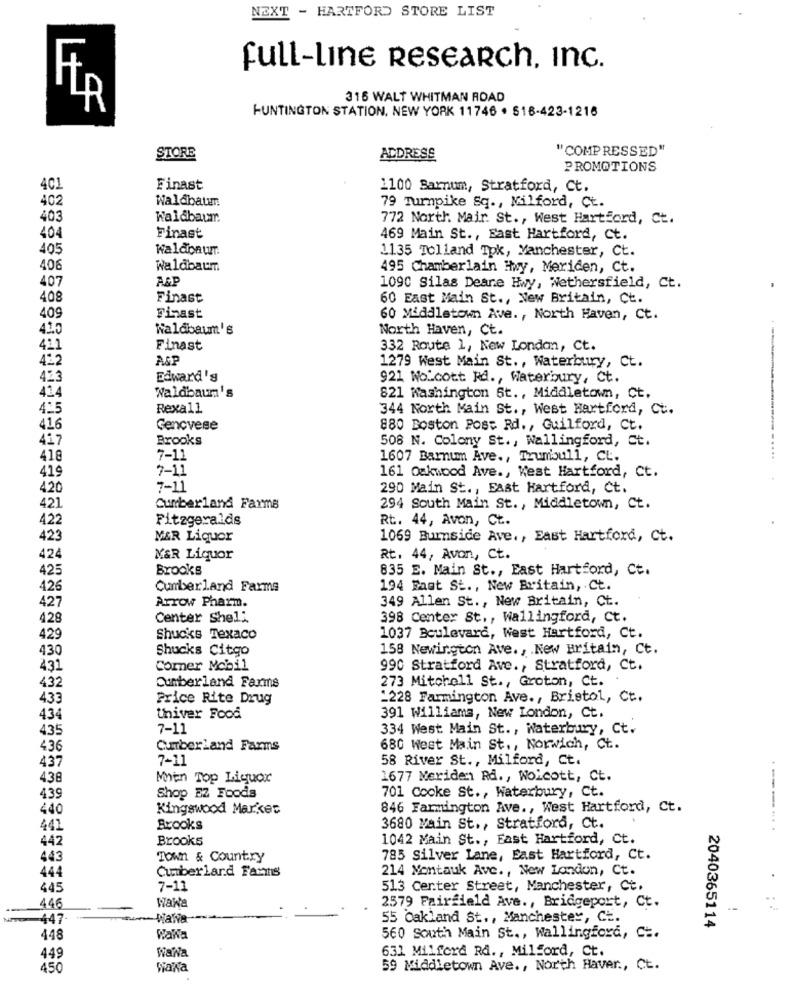
NEXT - HARTFORD STORE LIST
full-Line Research, Inc.
315 WALT WHITMAN ROAD
LR
R
HUNTINGTON STATION, NEW YORK 11746 . 518-423-1216
"COMPRESSED"
STORE
ADDRESS
PROMOTIONS
4C
Finast
1100 Barnum, Stratford, Ct.
Waldbaum
402
79 Turnpike Sq ., Milford, Ct.
403
Waldbaum
772 North. Mair. St ., West Hartford, Ct.
404
Finast
469 Main St ., East Hartford, ct.
405
Waldonum
1135 Tolland Tok, Manchester, Ct.
406
Waldbaum
495 Chamberlain Hwy, Meriden, Ct.
A&F
407
1090 Silas Deane Hwy, Wethersfield, Ct.
408
Finast
60 East Main St ., New Britain, Ct.
409
Finast
60 Middletown Ave ., North Haven, Ct.
410
Waldbaum's
North Haven, Ct.
411
Finast
332 Route 1, New London, Ct.
422
AGP
1279 West Main St ., Waterbury, Ct.
423
Edward'g
921 Wolcott Rd ., Waterbury, Ct.
424
Waldbaum's
821 Washington St ., Middletown, Ct,
425
Rexall
344 North Main St ., West Hartford, Ct.
416
Genovese
880 Boston Post Rd ., Guilford, Ct.
417
Brooks
508 N. Colony St ., Wallingford, Ct.
418
7-11
1607 Barnum Ave ., Trumbull, CL.
7-11
161 Oakwood Ave ., West Hartford, Ct.
419
420
7-11
290 Main St ., East Hartford, Ct.
421
Cumberland Farms
294 South Main St ., Middletown, Ct.
422
Fitzgeralds
Rt. 44, Avon, Ct.
423
M&R Liquor
1069 Burnside Ave ., East Hartford, Ct.
424
M&R Liquor
Rt. 44, Avon, Ct.
425
Brooks
835 E. Main St ., East Hartford, Ct.
426
Cumberland Farms
194 Fast St ., New Britain, Ct.
427
Arrow Pharm.
349 Allen St ., New Britain, Ct.
428
Center Shell
398 Center St ., Wallingford, Ct.
429
Shucks Texaco
1037 Boulevard, West Hartford, Ct.
430
Shucks Citgo
158 Newington Ave ., New Britain, Ct.
431
Corner Mobil
990 Stratford Ave ., Stratford, Ct.
273 Mitohell St ., Groton, Ct.
432
Cumberland Farms
433
Price Rite Drug
1228 Farmington Ave. , Bristol, Ct.
434
thiver Food
391 Williams, New London, Ct.
435
7-11
334 West Main St ., Waterbury, Ct.
436
Cumberland Farms
680 West Main St ., Norwich, Ct.
437
7-11
58 River St ., Milford, Ct.
438
Min Top Liquor
1677 Meriden Rd ., Wolcott, Ct.
Shop EZ Foods
439
701 Cooke St ., Waterbury, Ct.
440
Kingswood Markes
846 Farmington Ave ., West Hartford, Ct.
441
Brooks
3680 Main St ., Stratford, Ct.
----...
442
Brooks
1042 Main St ., East Hartford, Ct.
443
Town & Country
785 Silver Lane, East Hartford, Ct.
Cumberland Fanns
214 Montauk Ave ., New London, Ct.
444
445
7-11
513 Center Street, Manchester, Ct.
Wawa
446
2579 Fairfield Ave ., Bridgeport, Ct.
447-
55 Oakland St ., Manchester, CE.
2040365114
448
WaWa
560 South Main St ., Wallingford, Ct.
Wana
631 Milford Rd ., Milford, Ct.
449
450
Wiaka
59 Middletown Ave ., North Haver ., Ct.